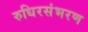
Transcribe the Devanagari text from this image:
रुधिरसंभरण